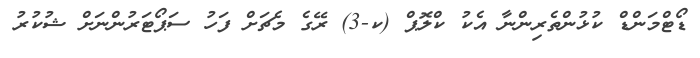
ޑޯޓްމަންޑް ކުޅުންތެރިންނާ އެކު ކްލޮޕް (ކ-3) ރޭގެ މެޗަށް ފަހު ސަޕޯޓަރުންނަށް ޝުކުރު